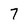
Character: 7